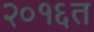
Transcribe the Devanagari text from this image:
२०१६त